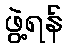
ဖွဲ့ရန်